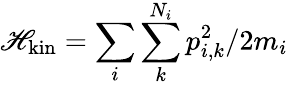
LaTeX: \mathscr{H}_{\mathrm{{kin}}}=\sum_{i}\sum_{k}^{N_{i}}p_{i,k}^{2}/2m_{i}